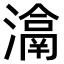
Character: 𤀉